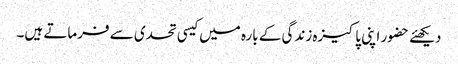
دیکھئے حضور اپنی پاکیزہ زندگی کے بارہ میں کیسی تحدی سے فرماتے ہیں۔